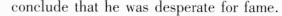
conclude that he was desperate for fame.